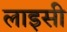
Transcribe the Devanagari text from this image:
लाइसी